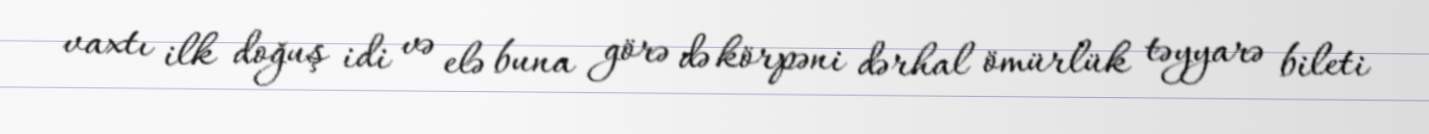
vaxtı ilk doğuş idi və elə buna görə də körpəni dərhal ömürlük təyyarə bileti